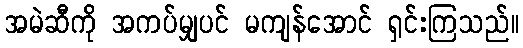
အမဲဆီကို အကပ်မျှပင် မကျန်အောင် ရှင်းကြသည်။